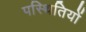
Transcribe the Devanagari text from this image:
पस्थितियों